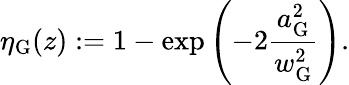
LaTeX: \eta_{\mathrm{G}}(z):=1-\exp\left(-2\frac{a_{\mathrm{G}}^{2}}{w_{\mathrm{G}}^{2}}\right).